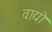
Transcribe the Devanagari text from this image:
वाद्यो